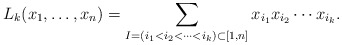
\begin{gather*}L_k(x_1,\ldots,x_n)= \sum_{I=(i_1 < i_2 < \cdots < i_k) \subset [1,n]}x_{i_{1}} x_{i_{2}} \cdots x_{i_{k}}.\end{gather*}